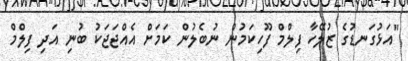
"އަޅުގަނޑުގެ ޒުލޭހާ ފިލްމް ފޫހިކަމުން ނުބެލުން ކަމަށް އެއްޖަޖަކު ބުނި އަދި ފިލްމް